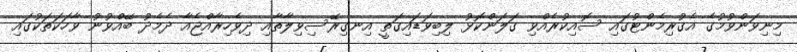
މިނިވަންވުމުގެ އެގުރިމެންޓުގައި ސޮއިކުރެއްވި ގަލަންކޮޅު ލިބިވަޑައިގަތީ އިނގިރޭސިވިލާތާއި ދިވެހިރާއްޖެއާ ދެމެދު ބޭއްވުނު ވާހަކަތަކުގައި